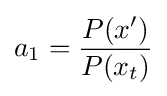
a_{1}={\frac {P(x')}{P(x_{t})}}